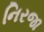
નિરજા